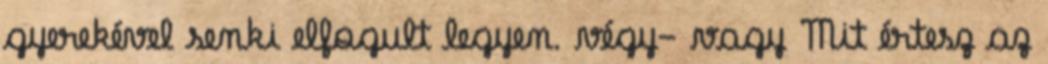
gyerekével senki elfogult legyen. végy- vagy Mit értesz az